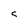
Character: 5